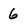
Character: 6